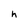
Character: h